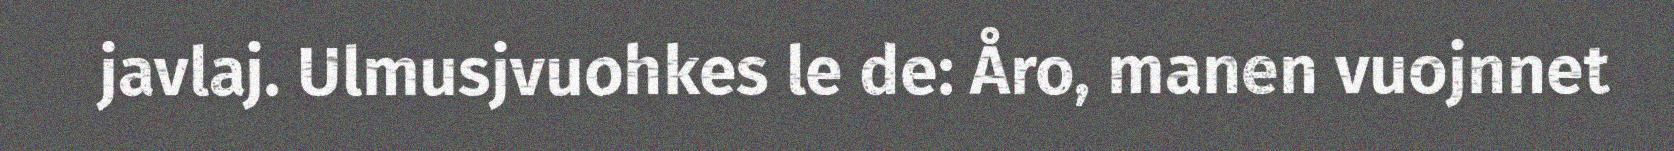
javlaj. Ulmusjvuohkes le de: Åro, manen vuojnnet